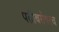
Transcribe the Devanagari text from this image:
पतीबरोबरच